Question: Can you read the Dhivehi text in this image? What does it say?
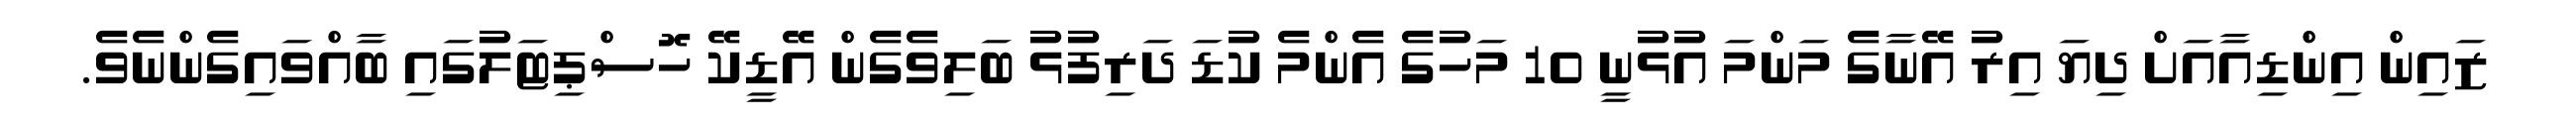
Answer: ޒައިން އިންޑިއާއަށް ދިޔަ އިރު އޭނާގެ މަންމަ އުޅުނީ 10 މަހުގެ އެންމެ ކުޑަ ދަރިފުޅު ބަލިވެގެން އޭޑީކޭ ހޮސްޕިޓަލުގައި ބާއްވައިގެންނެވެ.